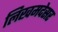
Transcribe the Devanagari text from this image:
लिखमदेसर